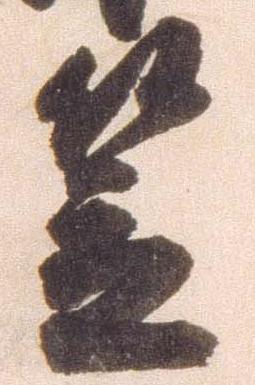
笠